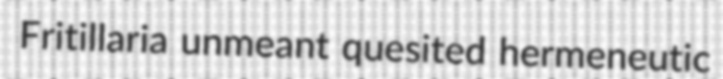
Fritillaria unmeant quesited hermeneutic